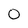
Character: 0